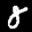
Label: 8